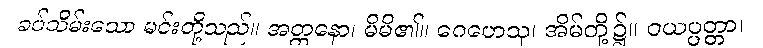
ခပ်သိမ်းသော မင်းတို့သည်။ အတ္တနော၊ မိမိ၏။ ဂေဟေသု၊ အိမ်တို့၌။ ဝယပ္ပတ္တာ၊